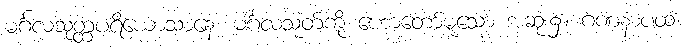
မင်္ဂလသုတ္တပရိယောသာနေ၊ မင်္ဂလသုတ်ကို ဟောတော်မူသော အဆုံး၌။ ဂဏနာပထံ၊